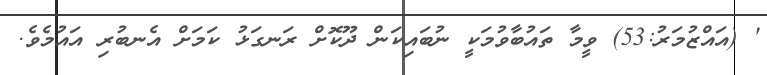
' (އައްޒުމަރު:53) ވީމާ ތައުބާވުމަކީ ނުބައިކަން ދޫކޮށް ރަނގަޅު ކަމަށް އެނބުރި އައުމެވެ.